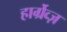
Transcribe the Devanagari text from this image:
हार्ग्रेव्ज़